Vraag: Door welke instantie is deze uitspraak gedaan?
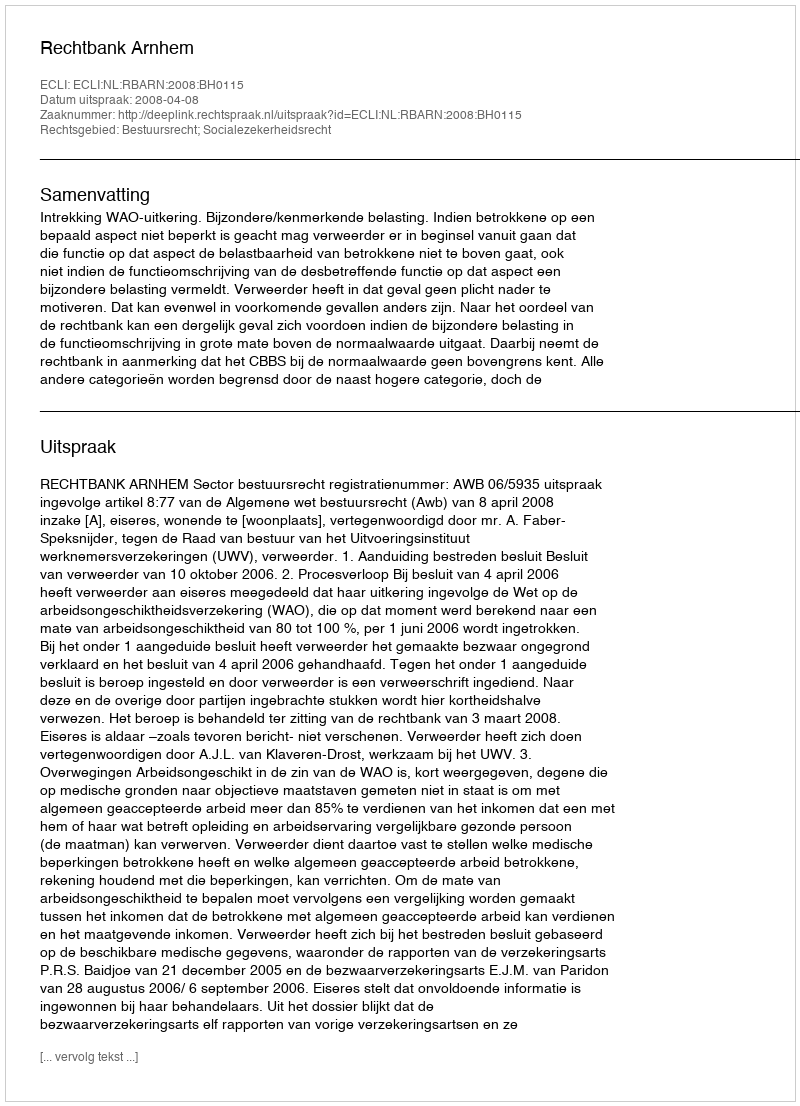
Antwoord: Rechtbank Arnhem